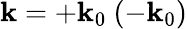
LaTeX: \mathbf{k}=+\mathbf{k}_{0}\ (-\mathbf{k}_{0})